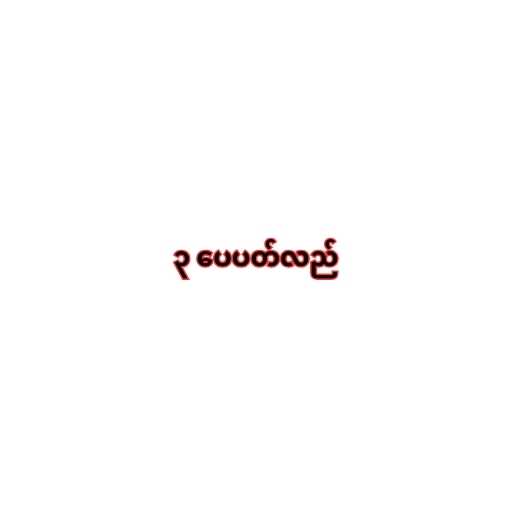
၃ ပေပတ်လည်